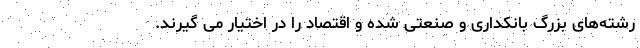
رشته‌های بزرگ بانکداری و صنعتی شده و اقتصاد را در اختیار می گیرند.